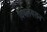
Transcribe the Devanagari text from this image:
विषलयशन